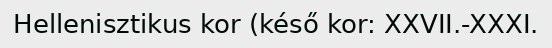
Hellenisztikus kor (késő kor: XXVII.-XXXI.